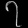
Digit: ၇